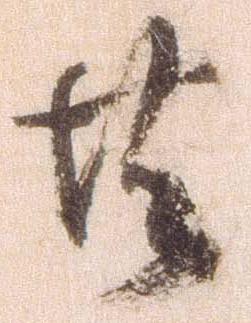
共